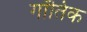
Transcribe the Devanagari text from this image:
गॉतिक